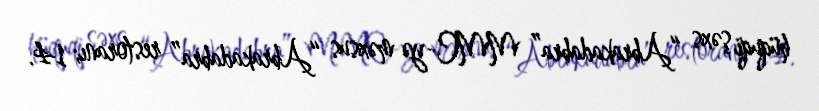
hüquqi şəxs “Abrakadabra” MMC-yə məxsus “Abrakadabra” restoranı; 14.